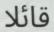
قائلا